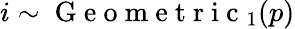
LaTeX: i\sim\mathrm{~G~e~o~m~e~t~r~i~c~}_{1}(p)